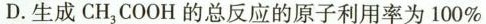
D.生成CH_{3}COOH的总反应的原子利用率为100%